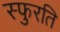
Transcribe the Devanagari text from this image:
स्फुरति